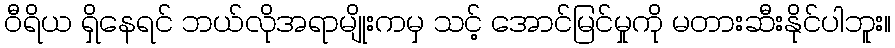
ဝီရိယ ရှိနေရင် ဘယ်လိုအရာမျိုးကမှ သင့် အောင်မြင်မှုကို မတားဆီးနိုင်ပါဘူး။